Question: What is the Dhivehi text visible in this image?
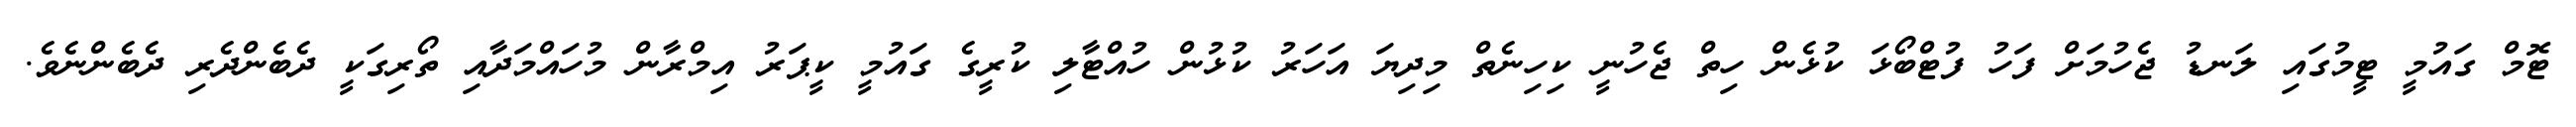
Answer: ޓޮމް ގައުމީ ޓީމުގައި ލަނޑު ޖެހުމަށް ފަހު ފުޓްބޯޅަ ކުޅެން ހިތް ޖެހުނީ ކިހިނެތް މިދިޔަ އަހަރު ކުޅުން ހުއްޓާލި ކުރީގެ ގައުމީ ކީޕަރު އިމްރާން މުހައްމަދާއި ތޯރިގަކީ ދެބެންދެރި ދެބެންނެވެ.